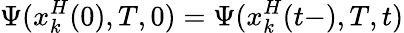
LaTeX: \Psi(x_{k}^{H}(0),T,0)=\Psi(x_{k}^{H}(t-),T,t)